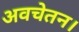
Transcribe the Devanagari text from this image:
अवचेतन।